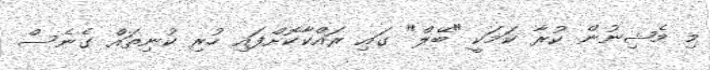
މި މެޝިނުން ކުރާ ކަމަކީ "ބޭލް" ގައި ރައްކާކޮށްފައި ހުރި ކުނިތައް ގެނެސް